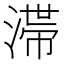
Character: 𣻉